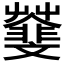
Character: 𩇿